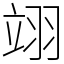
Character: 翊